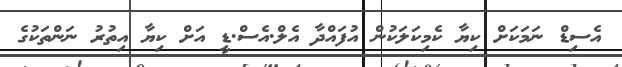
އެސިޑް ނަމަކަށް ކިޔާ ކެމިކަލަކުން އުފައްދާ އެލް.އެސް.ޑީ އަށް ކިޔާ އިތުރު ނަންތަކުގެ